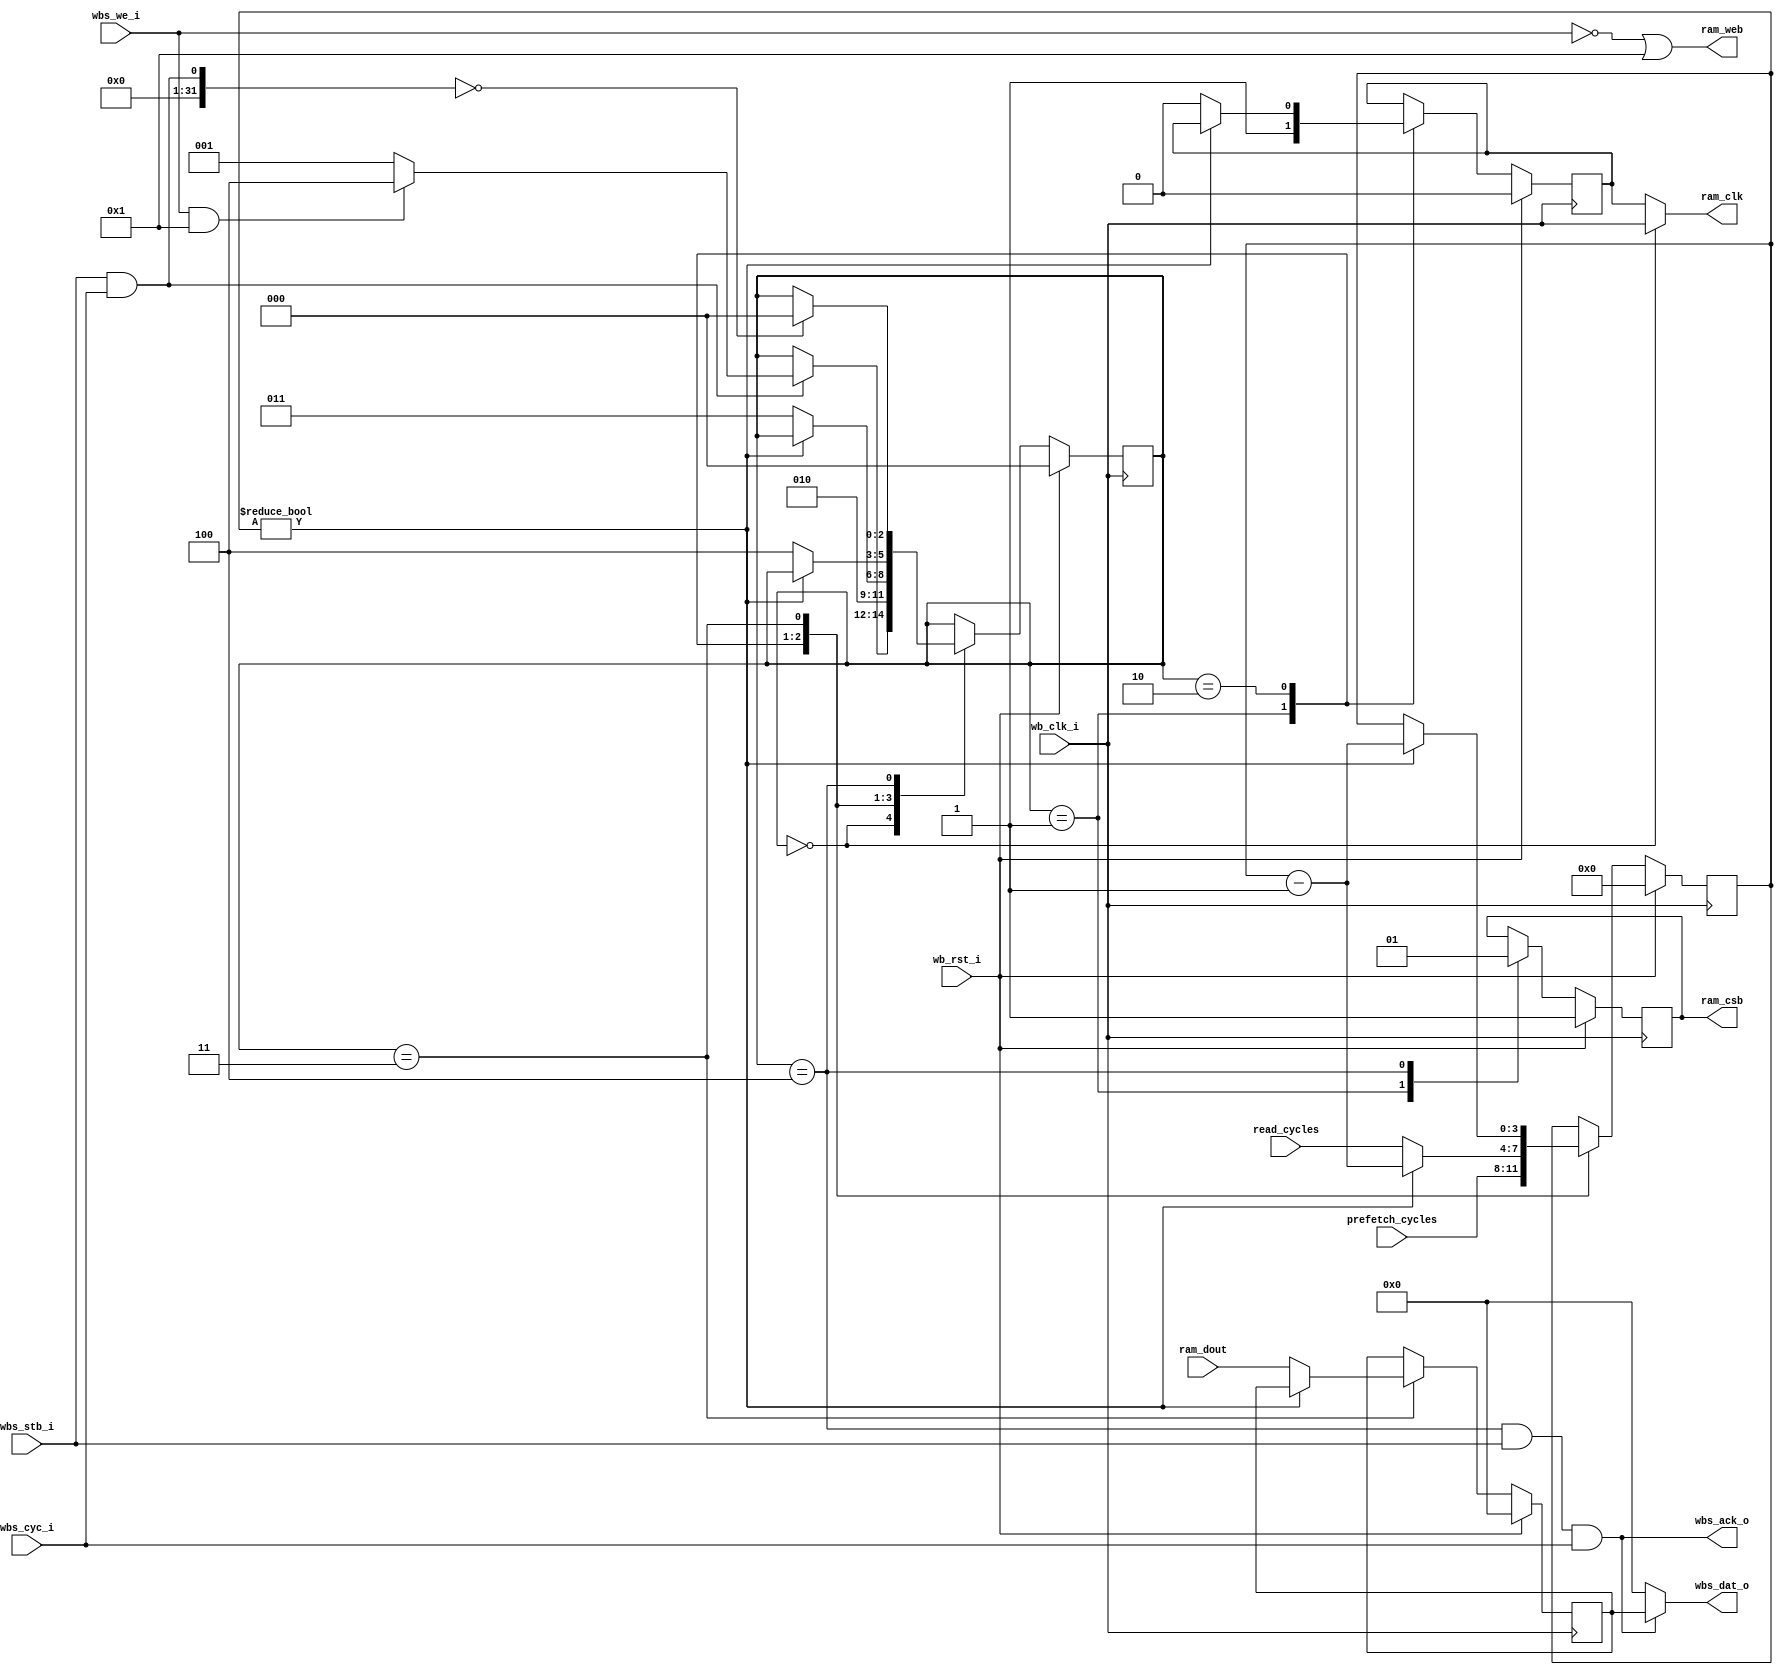
// SPDX-FileCopyrightText: 2021 Embelon
//
// Licensed under the Apache License, Version 2.0 (the "License");
// you may not use this file except in compliance with the License.
// You may obtain a copy of the License at
//
//      http://www.apache.org/licenses/LICENSE-2.0
//
// Unless required by applicable law or agreed to in writing, software
// distributed under the License is distributed on an "AS IS" BASIS,
// WITHOUT WARRANTIES OR CONDITIONS OF ANY KIND, either express or implied.
// See the License for the specific language governing permissions and
// limitations under the License.
// SPDX-License-Identifier: Apache-2.0


`default_nettype none

module wb_port_control 
#(
    parameter READ_ONLY = 1,
    parameter LATENCY_CNTR_WIDTH = 4
)
(
`ifdef USE_POWER_PINS
    inout vccd1,	// User area 1 1.8V supply
    inout vssd1,	// User area 1 digital ground
`endif

    // configuration for clock stretching
    input [LATENCY_CNTR_WIDTH-1:0] prefetch_cycles,
    input [LATENCY_CNTR_WIDTH-1:0] read_cycles,

    // Wishbone port A
    input           		wb_clk_i,
    input           		wb_rst_i,
    input           		wbs_stb_i,
    input           		wbs_cyc_i,
    input           		wbs_we_i,
    output          		wbs_ack_o,
    output [31:0]           wbs_dat_o,

    // OpenRAM interface: RW
    output                  ram_clk,       // stretched clock
    output          		ram_csb,       // active low chip select
    output          		ram_web,       // active low write control
    input  [31:0]           ram_dout
);

// FSM
parameter S_IDLE = 0, S_ACTIVATE = 1, S_PREFETCH = 2, S_READWRITE = 3, S_ACK = 4;
reg [2:0] state_r;

reg [LATENCY_CNTR_WIDTH-1:0] cycle_r;
reg int_clk_r;
reg [31:0] dout_r;

always @(negedge wb_clk_i) begin
	if (wb_rst_i) begin
        state_r <= S_IDLE;
        cycle_r <= 0;
        int_clk_r <= 0;
        dout_r <= 0;
    end else begin
        case (state_r)
			S_IDLE: begin	
                if (wbs_stb_i && wbs_cyc_i) begin
                    if (wbs_we_i && READ_ONLY) begin
                        state_r <= S_ACK;
                    end else begin
                        state_r <= S_ACTIVATE;
                    end
                end
            end
            S_ACTIVATE: begin
                state_r <= S_PREFETCH;
                cycle_r <= prefetch_cycles;
                int_clk_r <= 1;
            end
            S_PREFETCH: begin
                if (cycle_r) begin
                    cycle_r <= cycle_r - 1;
                end else begin
                    state_r <= S_READWRITE;
                    cycle_r <= read_cycles;
                    int_clk_r <= 0;
                end
            end
            S_READWRITE: begin
                if (cycle_r) begin
                    cycle_r <= cycle_r - 1;
                end else begin
                    dout_r <= ram_dout;
                    state_r <= S_ACK;                    
                end
            end
            S_ACK: begin
                if ((wbs_stb_i && wbs_cyc_i) == 0) begin
                    state_r <= S_IDLE;
                end
            end
        endcase
    end
end

// drive CS on rising edges
reg csb_r;

always @(posedge wb_clk_i) begin
    if (wb_rst_i) begin
        csb_r <= 1;
    end else begin
        case (state_r)
            S_ACTIVATE: begin
                csb_r <= 0;
            end
            S_ACK: begin
                csb_r <= 1;
            end
        endcase
    end
end

assign wbs_dat_o = ((state_r == S_ACK) && wbs_stb_i && wbs_cyc_i) ? dout_r : 32'h0;
assign wbs_ack_o = (state_r == S_ACK) && wbs_stb_i && wbs_cyc_i;

assign ram_clk = (state_r == S_IDLE) ? wb_clk_i : int_clk_r;
assign ram_csb = csb_r;
assign ram_web = !wbs_we_i || READ_ONLY;

endmodule	// wb_port_control

`default_nettype wire